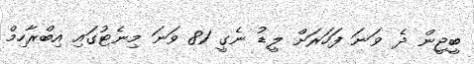
ބީޖީން ދެ ވަނަ ފަހަރަށް ލީޑު ނެގީ 81 ވަނަ މިނެޓުގައި އިބްރާހިމް